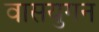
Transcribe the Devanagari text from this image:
वासयुगन